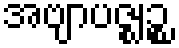
အဗျာပဇ္ဈဉ္စ